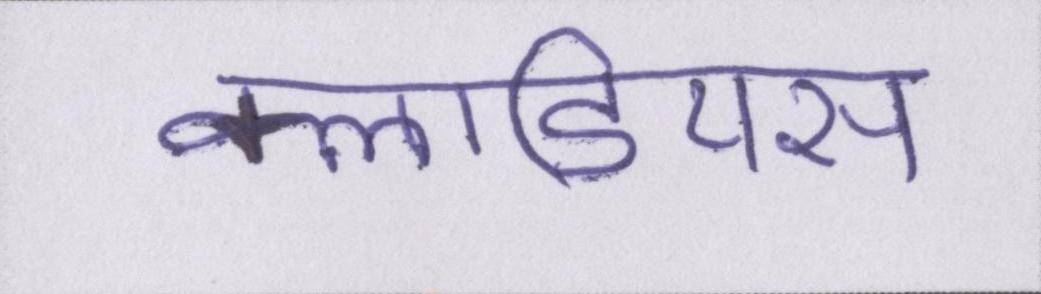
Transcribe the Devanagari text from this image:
क्लाडियस